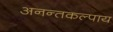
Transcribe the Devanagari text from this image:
अनन्तकल्पाय